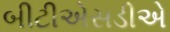
બીટીએસડીએ